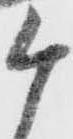
ケ